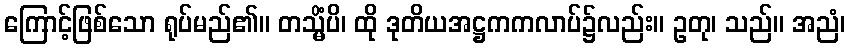
ကြောင့်ဖြစ်သော ရုပ်မည်၏။ တသ္မိံပိ၊ ထို ဒုတိယအဋ္ဌကကလာပ်၌လည်း။ ဥတု၊ သည်။ အညံ၊